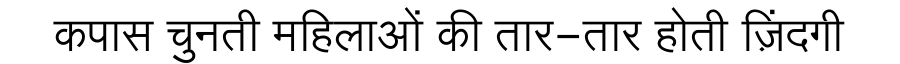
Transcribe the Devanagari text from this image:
कपास चुनती महिलाओं की तार-तार होती ज़िंदगी